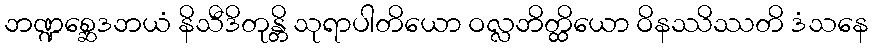
ဘဏ္ဍစ္ဆေဒဘယံ နိသီဒိတုန္တိ သုရာပါတိယော ဝလ္လဘိတ္ထိယော ဝိနဿိဿတိ ဒံသနေ